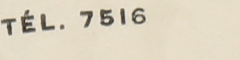
TEL. 7516